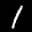
Label: 1